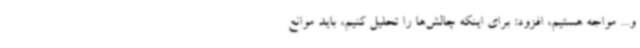
و... مواجه هستیم، افزود: برای اینکه چالش‌ها را تحلیل کنیم، باید موانع